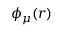
\phi _ { \mu } ( r )